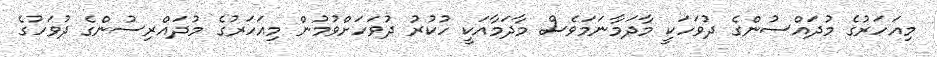
މިއަހަރުގެ މުދައްސުންގެ ދުވަހަކީ މާދަމާނަމަވެސް މާދަމާއަކީ ހުކުރު ދުވަހަށްވުމުން މިއަހަރުގެ މުދައްރިސުންގެ ދުވަހުގެ